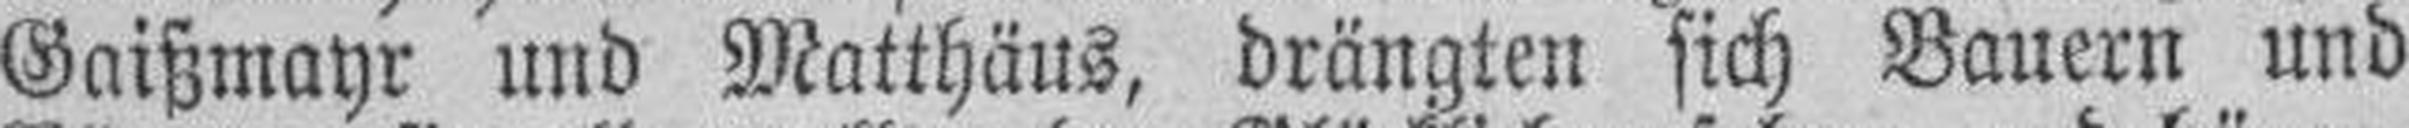
Gaißmayr und Matthäus, drängten sich Bauern und